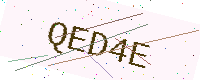
Text: QED4E